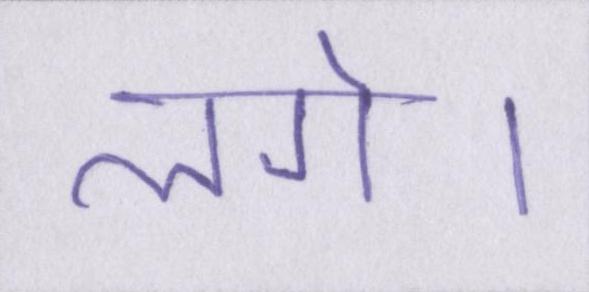
लगे।